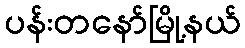
ပန်းတနော်မြို့နယ်